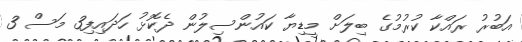
އަބުރު ރައްކާ ކުރުމުގެ ބިލަށް މީޑިޔާ ކައުންސިލުން ދެކޮޅު ހަދައިފި3 މަސް 3